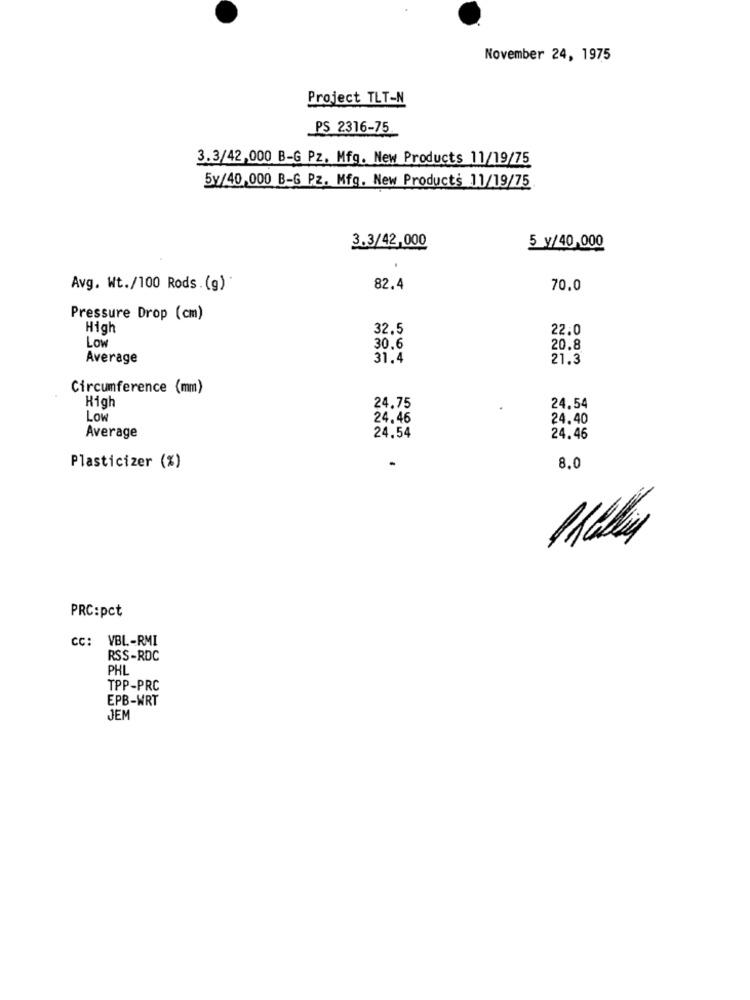
November 24, 1975
Project TLT-N
PS 2316-75
3.3/42,000 B-G Pz. Mfg. New Products 11/19/75
5v/40,000 B-G Pz. Mfg. New Products 11/19/75.
3.3/42,000
5 y/40,000
Avg. Wt./100 Rods.(g)
82.4
70.0
Pressure Drop (cm)
High
32.5
22.0
Low
30.6
20.8
Average
31.4
21.3
Circumference (mm)
24.54
High
24.75
Low
24.46
24.40
Average
24.54
24.46
Plasticizer (%)
8.0
Making
PRC:pct
CC: VBL-RMI
RSS-RDC
PHL
TPP-PRC
EPB-WRT
JEM